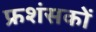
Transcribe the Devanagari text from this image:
फ्रशंसकों